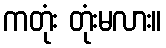
ကတုံး တုံးမလား။